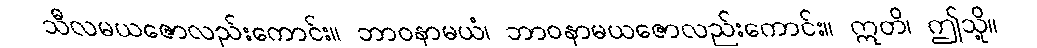
သီလမယဇောလည်းကောင်း။ ဘာဝနာမယံ၊ ဘာဝနာမယဇောလည်းကောင်း။ ဣတိ၊ ဤသို့။